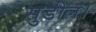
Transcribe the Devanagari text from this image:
सुडील।